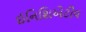
ઈનિશિએટીવ